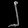
Digit: ၂